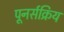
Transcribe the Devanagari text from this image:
पूनर्सक्रिय